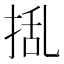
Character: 𭡃